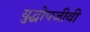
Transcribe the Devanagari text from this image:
युद्धोपजीवी